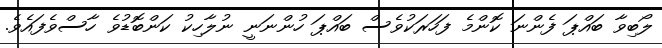
ލޯބިވާ ބައްޕަ ފެންނަ ކޮންމެ ފަހަރަކުވެސް ބައްޕަ ހުންނަނީ ނުލާހިކު ކަންބޮޑުވެ ހާސްވެފައެވެ.